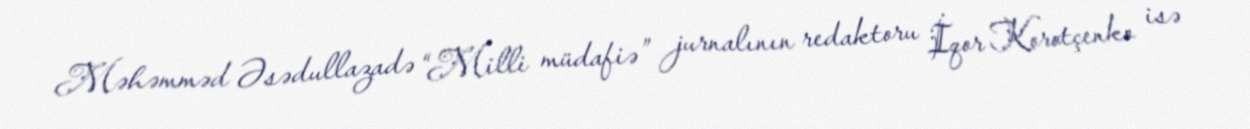
Məhəmməd Əsədullazadə “Milli müdafiə” jurnalının redaktoru İqor Korotçenko isə